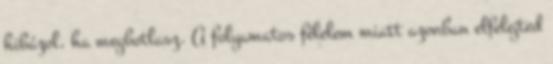
hibázol, ha megbotlasz. A folyamatos félelem miatt azonban elfelejted